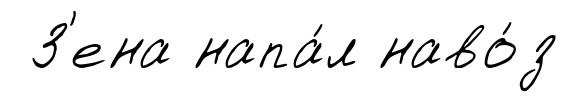
З'ена напа́л наво́з